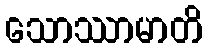
သောဿာမာတိ